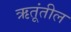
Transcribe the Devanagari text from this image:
ऋतूंतील